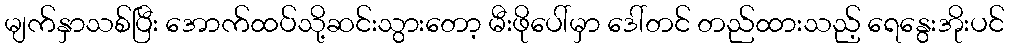
မျက်နှာသစ်ပြီး အောက်ထပ်သို့ဆင်းသွားတော့ မီးဖိုပေါ်မှာ ဒေါ်တင် တည်ထားသည့် ရေနွေးအိုးပင်